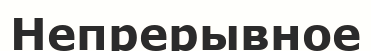
Непрерывное